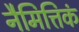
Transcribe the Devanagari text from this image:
नैमित्तिकं